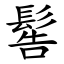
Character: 䯻